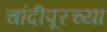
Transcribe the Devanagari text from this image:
चांदीपूरच्या